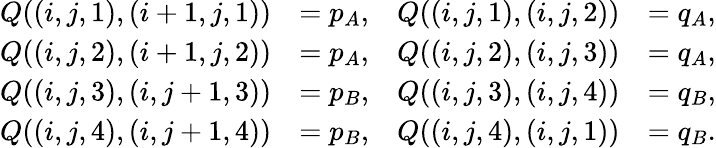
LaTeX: \begin{array}{rlrl}{Q((i,j,1),(i+1,j,1))}&{=p_{A},}&{Q((i,j,1),(i,j,2))}&{=q_{A},}\\ {Q((i,j,2),(i+1,j,2))}&{=p_{A},}&{Q((i,j,2),(i,j,3))}&{=q_{A},}\\ {Q((i,j,3),(i,j+1,3))}&{=p_{B},}&{Q((i,j,3),(i,j,4))}&{=q_{B},}\\ {Q((i,j,4),(i,j+1,4))}&{=p_{B},}&{Q((i,j,4),(i,j,1))}&{=q_{B}.}\end{array}